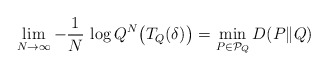
\begin{align*}\lim_{N \rightarrow \infty} -\frac{1}{N} \, \log Q^N\bigl(T_{Q}(\delta)^{}\bigr) = \min_{P \in \mathcal{P}_Q} D(P\|Q)\end{align*}